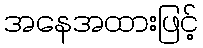
အနေအထားဖြင့်